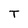
Character: T